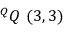
^ { Q } Q \ ( 3 , 3 )